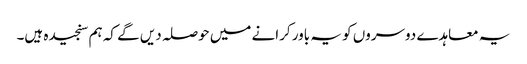
یہ معاہدے دوسروں کو یہ باور کرانے میں حوصلہ دیں گے کہ ہم سنجیدہ ہیں۔